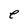
Character: e